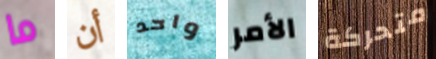
ما أن واحد الأمر متحركة